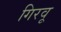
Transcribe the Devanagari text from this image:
गिरवू